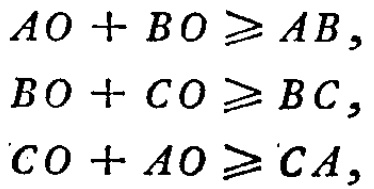
\[
\begin{align*}
AO + BO &\geqslant AB,\\
BO + CO &\geqslant BC,\\
CO + AO &\geqslant CA,
\end{align*}
\]